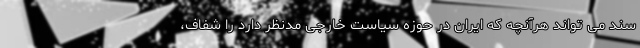
سند می تواند هرآنچه که ایران در حوزه سیاست خارجی مدنظر دارد را شفاف،